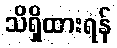
သိရှိထားရန်